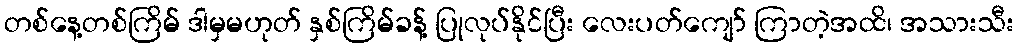
တစ်နေ့တစ်ကြိမ် ဒါမှမဟုတ် နှစ်ကြိမ်ခန့် ပြုလုပ်နိုင်ပြီး လေးပတ်ကျော် ကြာတဲ့အထိ၊ အသားသီး